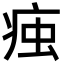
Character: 痋